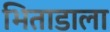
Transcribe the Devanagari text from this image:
भिताडाला